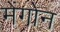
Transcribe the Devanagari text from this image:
मेंगोन